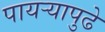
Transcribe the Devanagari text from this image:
पायऱ्यापुढे